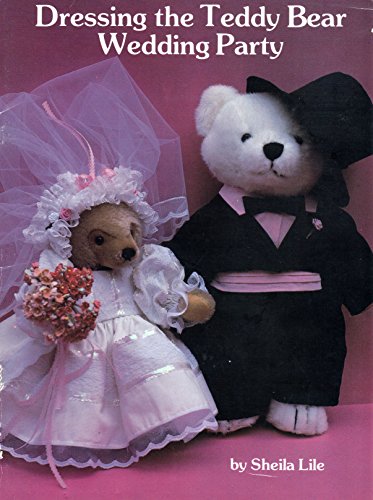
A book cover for Dressing the Teddy Bear Wedding Party; Sheila Lile; Crafts, Hobbies & Home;